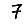
Digit: 7